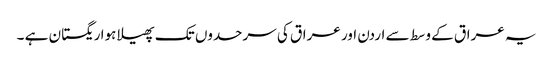
یہ عراق کے وسط سے اردن اور عراق کی سرحدوں تک پھیلا ہوا ریگستان ہے ۔